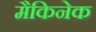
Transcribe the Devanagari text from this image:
मैकिनेक